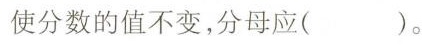
使分数的值不变，分母应( )。